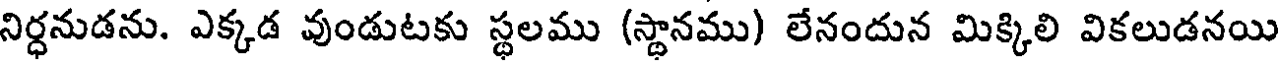
నిర్ధనుడను. ఎక్కడ వుండుటకు స్థలము (స్థానము) లేనందున మిక్కిలి వికలుడనయి